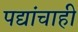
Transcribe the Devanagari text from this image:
पद्यांचाही